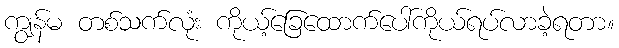
ကျွန်မ တစ်သက်လုံး ကိုယ့်ခြေထောက်ပေါ်ကိုယ်ရပ်လာခဲ့ရတာ။